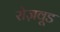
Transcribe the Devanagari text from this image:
रोज़वूड